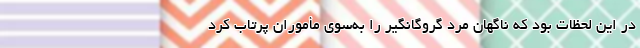
در این لحظات بود که ناگهان مرد گروگانگیر را به‌سوی مأموران پرتاب کرد